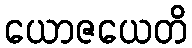
ယောဇယေတိ